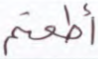
أطعتم